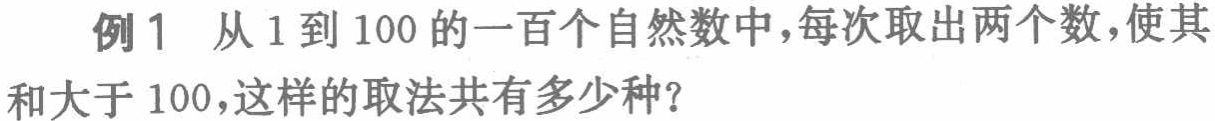
例1 从1到100的一百个自然数中，每次取出两个数，使其和大于100，这样的取法共有多少种？